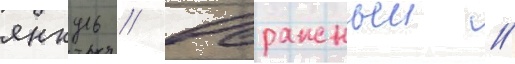
янкуль // Овражныи //